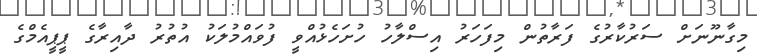
މިގާނޫނަށް ސަރުކާރުގެ ފަރާތުން މިފަހަރު އިސްލާހު ހުށަހެޅުއްވީ ފުވައްމުލަކު އުތުރު ދާއިރާގެ ޕީޕީއެމްގެ